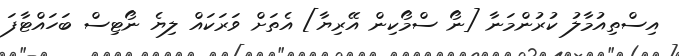
އިސްތިއުމާލު ކުރުންމަނާ [ނޯ ސްމޯކިން އޭރިޔާ] އެތަށް ވަރަކައް ލިޔެ ނޯޓިސް ބަހައްޓާފަ